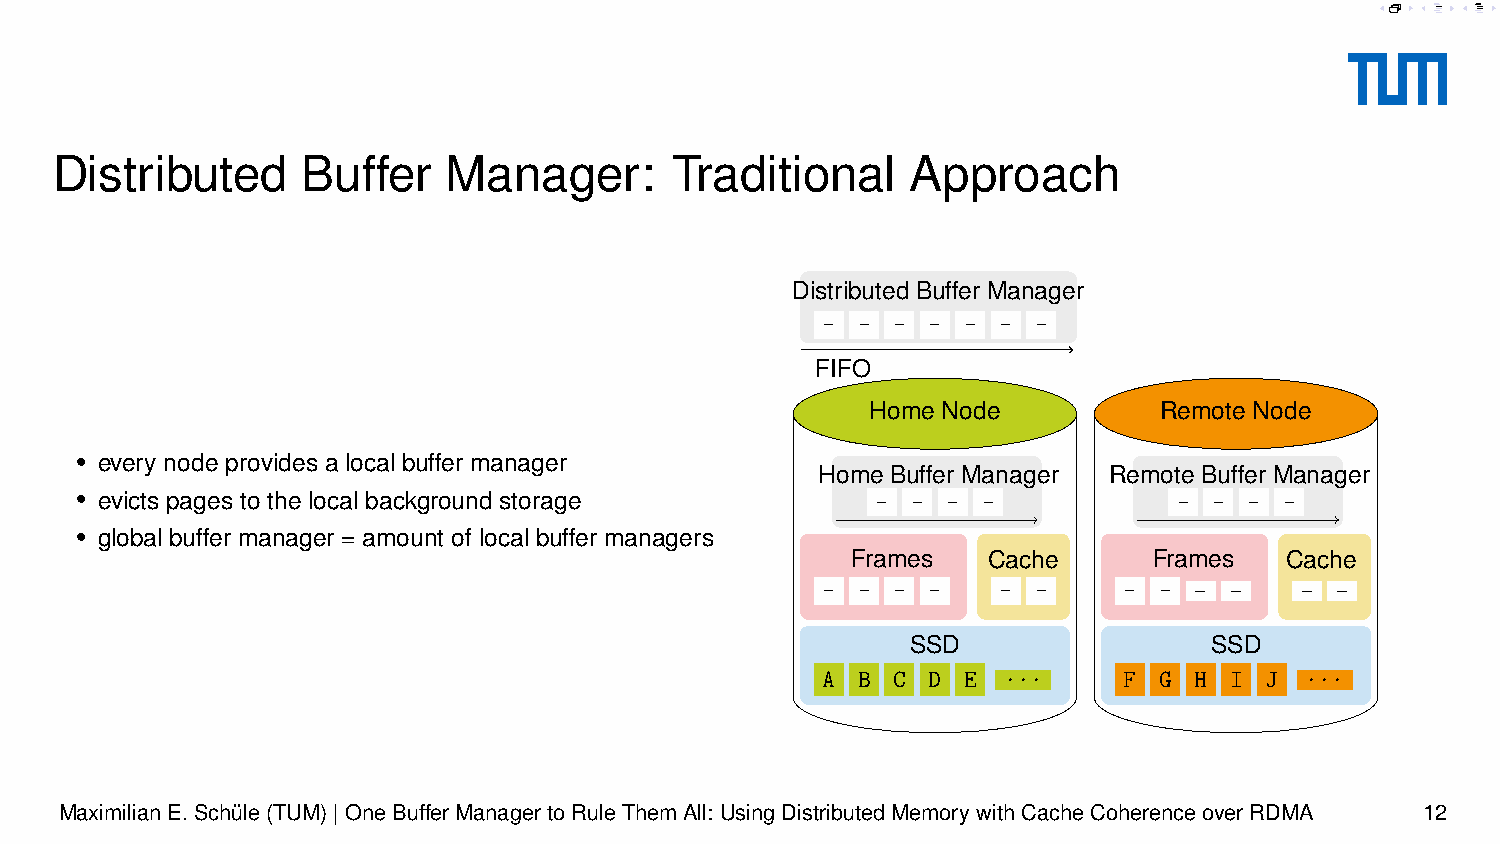
A  C E G  B F
 A C  E B            G F
 A  C E B    G F     G  F
 Distributed      Buffer   Manager:       Traditional     Approach
 Distributed Buffer Manager
 -  - - -  - -  -
 FIFO
 Home Node          Remote Node
 • every node provides a local buffer manager
 Home Buffer Manager Remote Buffer Manager
 • evicts pages to the local background storage       - -  - -            - -  - -
 • global buffer manager = amount of local buffer managers
 Frames   Cache      Frames   Cache
 _ _    _ _
 -  - - -    -  -    -  -
 SSD                 SSD
 A  B C D  E ...     F  G H I  J ...
 MaximilianE.Schüle(TUM)|OneBufferManagertoRuleThemAll: UsingDistributedMemorywithCacheCoherenceoverRDMA 12